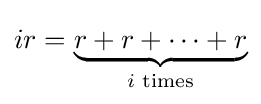
ir=\underbrace {r+r+\cdots +r} _{i{\text{ times}}}